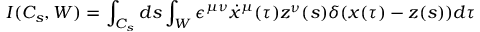
I ( C _ { s } , W ) = \int _ { C _ { s } } d s \int _ { W } \epsilon ^ { \mu \nu } \dot { x } ^ { \mu } ( \tau ) z ^ { \nu } ( s ) \delta ( x ( \tau ) - z ( s ) ) d \tau